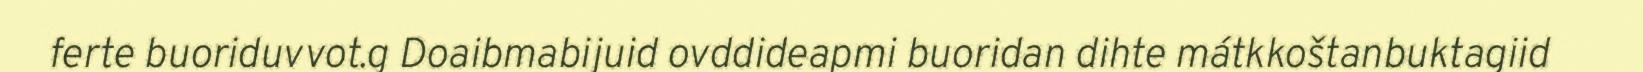
ferte buoriduvvot.g Doaibmabijuid ovddideapmi buoridan dihte mátkkoštanbuktagiid